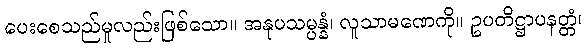
ပေးစေသည်မူလည်းဖြစ်သော။ အနုပသမ္ပန္နံ၊ လူသာမဏေကို။ ဥပတိဋ္ဌာပနတ္တံ၊